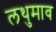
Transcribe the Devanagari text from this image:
लथुमाव